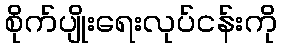
စိုက်ပျိုးရေးလုပ်ငန်းကို